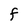
Character: F